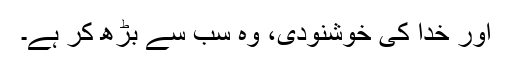
اور خدا کی خوشنودی، وہ سب سے بڑھ کر ہے۔